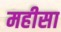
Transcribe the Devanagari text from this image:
महीसा